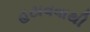
હટાવવાથી